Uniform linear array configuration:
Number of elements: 24
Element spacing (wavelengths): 0.5
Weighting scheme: binomial
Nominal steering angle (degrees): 30
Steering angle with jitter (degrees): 31.779
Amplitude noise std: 0.05
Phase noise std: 0.05

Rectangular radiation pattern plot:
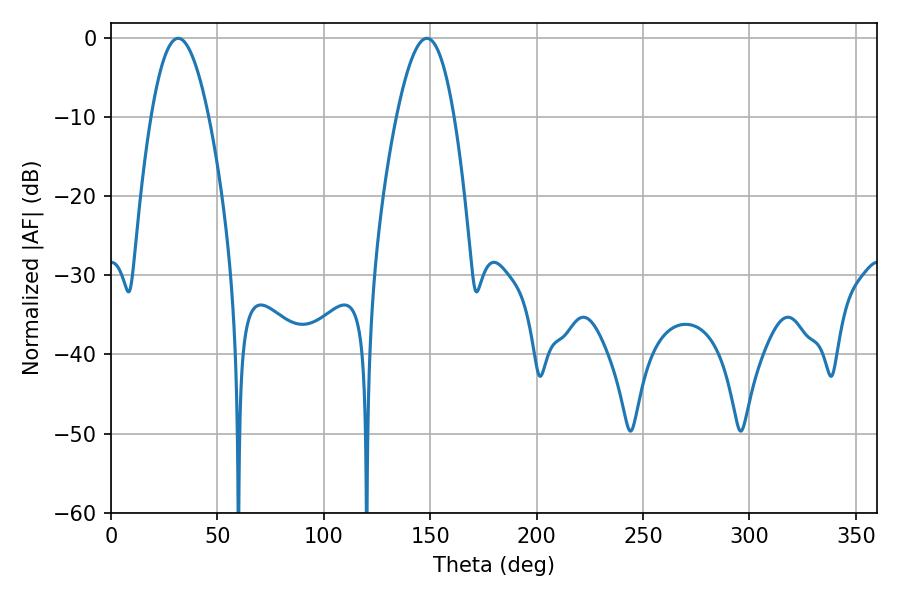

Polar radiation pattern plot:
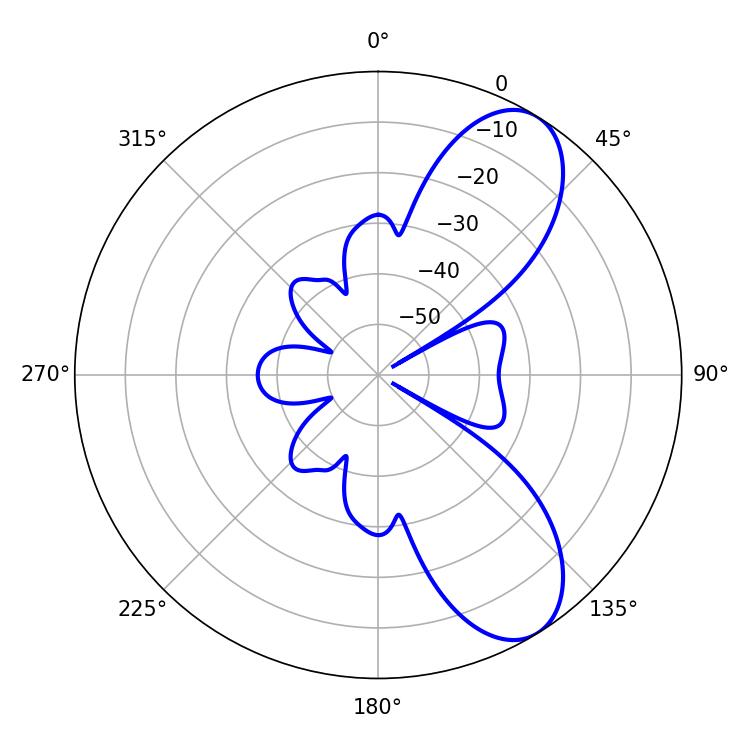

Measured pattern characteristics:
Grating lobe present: FALSE
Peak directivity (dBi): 8.355
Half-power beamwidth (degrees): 14.76
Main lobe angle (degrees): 31.5